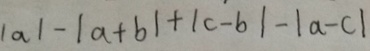
\vert a \vert - \vert a + b \vert + \vert c - b \vert - \vert a - c \vert